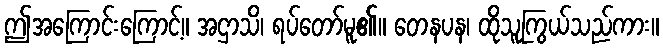
ဤအကြောင်းကြောင့်။ အဌာသိ၊ ရပ်တော်မူ၏။ တေနပန၊ ထိုသူကြွယ်သည်ကား။